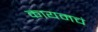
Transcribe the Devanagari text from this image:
कायमचं